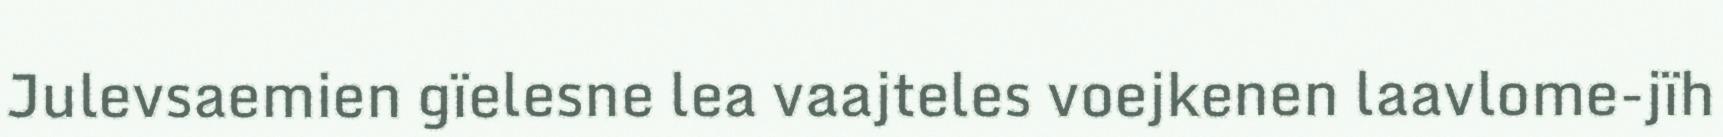
Julevsaemien gïelesne lea vaajteles voejkenen laavlome-jïh